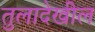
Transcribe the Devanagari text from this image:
तुलादेखील